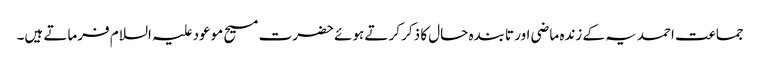
جماعت احمدیہ کے زندہ ماضی اور تابندہ حال کا ذکر کرتے ہوئے حضرت مسیح موعود علیہ السلام فرماتے ہیں۔